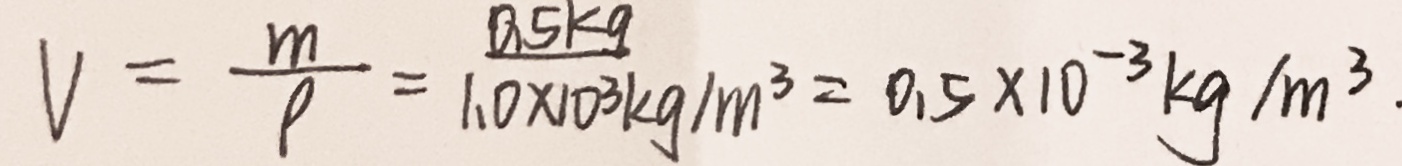
V = \frac { m } { \rho } = \frac { 0 . 5 k g } { 1 . 0 \times 1 0 ^ { 3 } k g / m ^ { 3 } } = 0 . 5 \times 1 0 ^ { - 3 } k g / m ^ { 3 } .